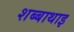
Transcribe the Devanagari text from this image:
शब्बाथाइ